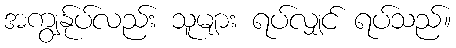
အကျွန်ုပ်လည်း သူများ ရပ်လျှင် ရပ်သည်။